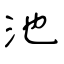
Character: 池